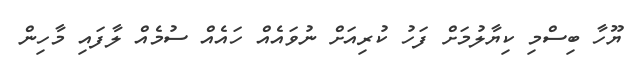
ޔޫހާ ބިސްމި ކިޔާލުމަށް ފަހު ކުރިއަށް ނުވައެއް ހައެއް ސުމެއް ލާފައި މާހިން